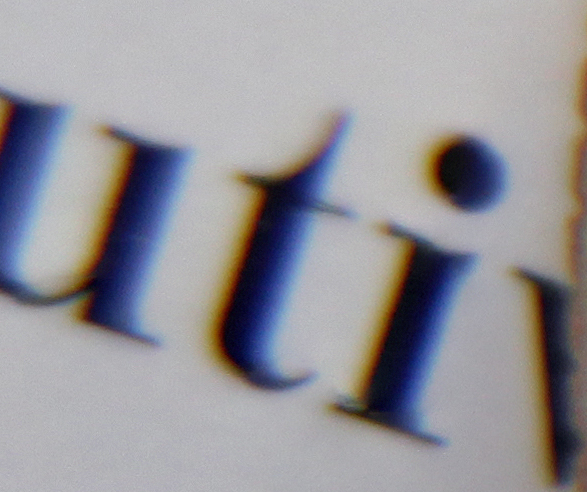
uti